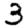
Digit: 3